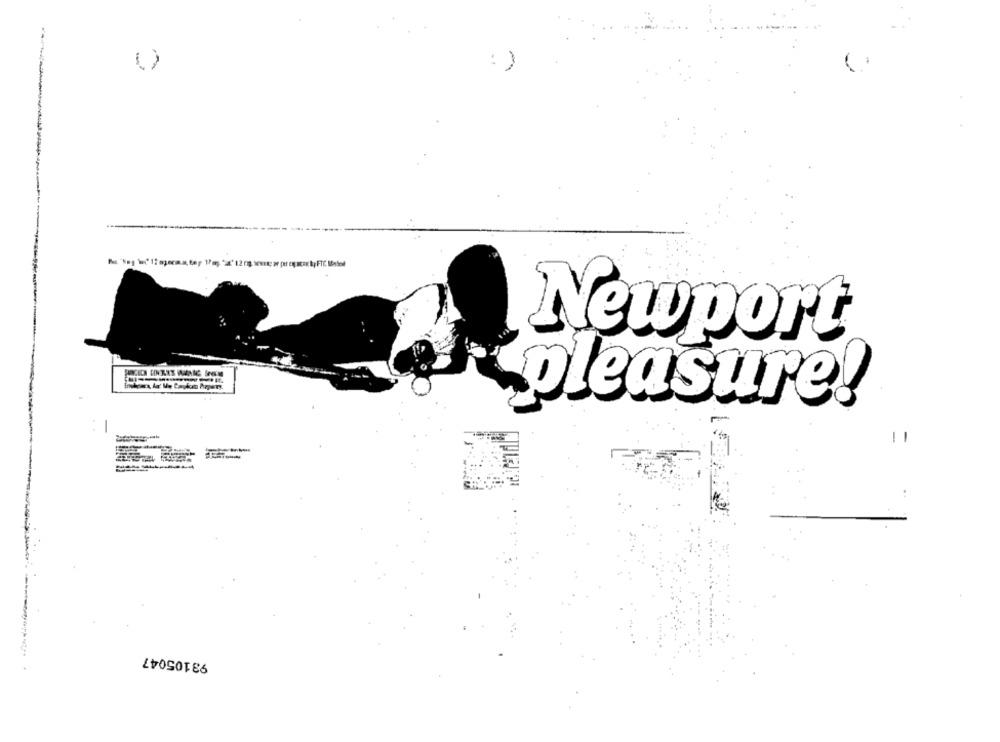
: )
Newport
pleasure!
93105047